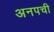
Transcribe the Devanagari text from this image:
अनपची